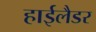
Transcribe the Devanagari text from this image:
हाईलैडर